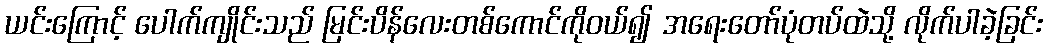
ယင်းကြောင့် ပေါက်ကျိုင်းသည် မြင်းပိန်လေးတစ်ကောင်ကိုဝယ်၍ အရေးတော်ပုံတပ်ထဲသို့ လိုက်ပါခဲ့ခြင်း